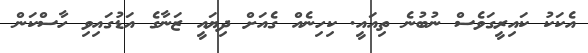
އެކަކު ކައިރީގަވެސް ނުބުނެ ތިއައީ. ކިހިނެއް ގެއަށް ދިޔައީ ޒަނާގެ އަޑުގައިވި ހާސްކަން